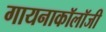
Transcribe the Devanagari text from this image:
गायनाकॉलॉजी